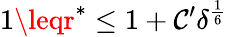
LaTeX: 1\leqr^{\ast}\leq1+\mathcal{C}^{\prime}\delta^{\frac{{1}}{{6}}}